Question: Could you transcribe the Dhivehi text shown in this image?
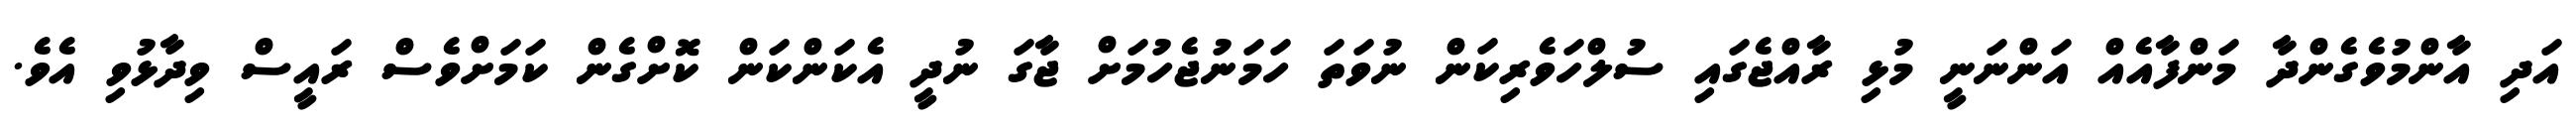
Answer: އަދި އާންމުވެގެންދާ މަންފާއެއް އަންނަނީ މުޅި ރާއްޖެގައި ސުލްހަވެރިކަން ނުވަތަ ހަމަނުޖެހުމަށް ޖާގަ ނުދީ އެކަންކަން ކޮށްގެން ކަމަށްވެސް ރައީސް ވިދާޅުވި އެވެ.